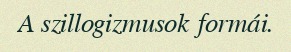
A szillogizmusok formái.